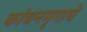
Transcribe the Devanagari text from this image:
कांचनमृगाचे